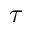
\tau